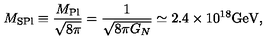
M _ { \mathrm { S P l } } \equiv \frac { M _ { \mathrm { P l } } } { \sqrt { 8 \pi } } = \frac { 1 } { \sqrt { 8 \pi G _ { N } } } \simeq 2 . 4 \times 1 0 ^ { 1 8 } \mathrm { G e V } ,